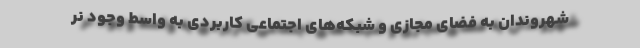
شهروندان به فضای مجازی و شبکه‌های اجتماعی کاربردی به واسط وجود نر